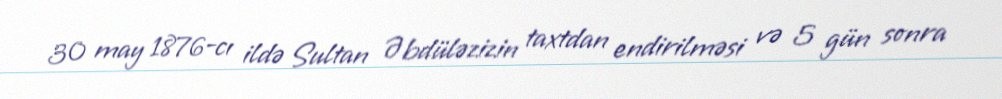
30 may 1876-cı ildə Sultan Əbdüləzizin taxtdan endirilməsi və 5 gün sonra